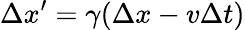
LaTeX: \Delta x^{\prime}=\gamma(\Delta x-v\Delta t)